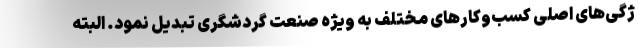
ژگی‌های اصلی کسب‌وکارهای مختلف به ویژه صنعت گردشگری تبدیل نمود. البته